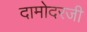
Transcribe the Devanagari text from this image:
दामोदरजी